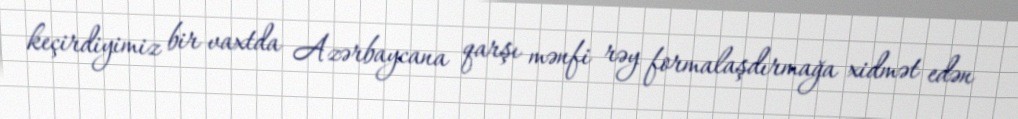
keçirdiyimiz bir vaxtda Azərbaycana qarşı mənfi rəy formalaşdırmağa xidmət edən